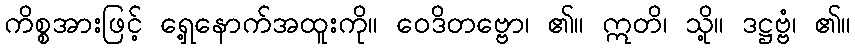
ကိစ္စအားဖြင့် ရှေ့နောက်အထူးကို။ ဝေဒိတဗ္ဗော၊ ၏။ ဣတိ၊ သို့။ ဒဋ္ဌဗ္ဗံ၊ ၏။